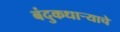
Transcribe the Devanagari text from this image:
बंदुकधाऱ्याचे